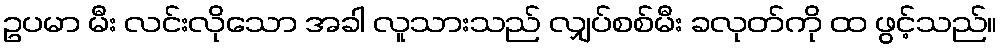
ဥပမာ မီး လင်းလိုသော အခါ လူသားသည် လျှပ်စစ်မီး ခလုတ်ကို ထ ဖွင့်သည်။